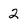
Character: 2